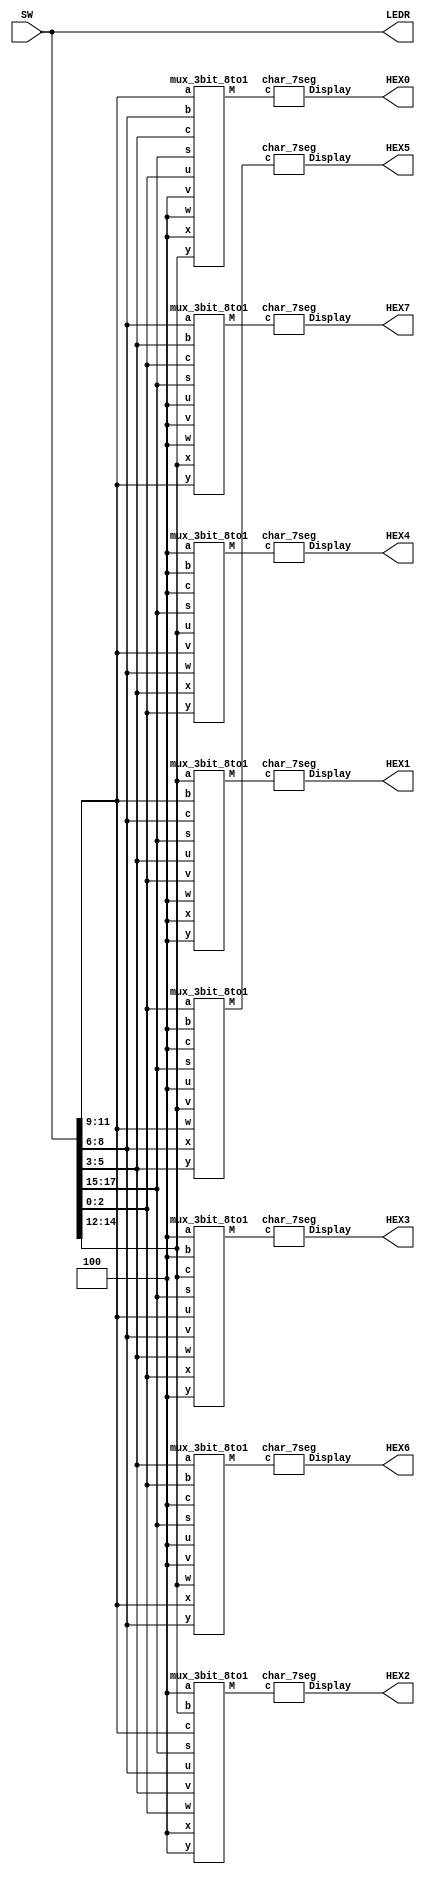
module part6(SW, LEDR, HEX7, HEX6, HEX5, HEX4, HEX3, HEX2, HEX1, HEX0);
	input [17:0] SW;
	output [17: 0] LEDR;
	output [6: 0] HEX7, HEX6, HEX5, HEX4, HEX3, HEX2, HEX1, HEX0;
	
	wire [2:0] M7, M6, M5, M4, M3, M2, M1, M0, blank;
	assign LEDR = SW;
	
	assign blank = 3'b100;
	
	mux_3bit_8to1 m0(SW[17:15], SW[11:9], SW[8:6], SW[5:3], SW[2:0], blank, blank, blank, SW[14:12], M0);
	char_7seg h0(M0, HEX0);
	
	mux_3bit_8to1 m1(SW[17:15], SW[14:12], SW[11:9], SW[8:6], SW[5:3], SW[2:0], blank, blank, blank, M1);
	char_7seg h1(M1, HEX1);
	
	mux_3bit_8to1 m2(SW[17:15], blank, SW[14:12], SW[11:9], SW[8:6], SW[5:3], SW[2:0], blank, blank, M2);
	char_7seg h2(M2, HEX2);
	
	mux_3bit_8to1 m3(SW[17:15], blank, blank, SW[14:12], SW[11:9], SW[8:6], SW[5:3], SW[2:0], blank, M3);
	char_7seg h3(M3, HEX3);
	
	mux_3bit_8to1 m4(SW[17:15], blank, blank, blank, SW[14:12], SW[11:9], SW[8:6], SW[5:3], SW[2:0], M4);
	char_7seg h4(M4, HEX4);
	
	mux_3bit_8to1 m5(SW[17:15], SW[2:0], blank, blank, blank, SW[14:12], SW[11:9], SW[8:6], SW[5:3], M5);
	char_7seg h5(M5, HEX5);
	
	mux_3bit_8to1 m6(SW[17:15], SW[5:3], SW[2:0], blank, blank, blank, SW[14:12], SW[11:9], SW[8:6], M6);
	char_7seg h6(M6, HEX6);
	
	mux_3bit_8to1 m7(SW[17:15], SW[8:6], SW[5:3], SW[2:0], blank, blank, blank, SW[14:12], SW[11:9], M7);
	char_7seg h7(M7, HEX7);
endmodule

module mux_3bit_8to1(s, a, b, c, u, v, w, x, y, M);
	input [2:0] s, a, b, c, u, v, w, x, y;
	output [2:0] M;	
	
	wire [5:0] M0, M1, M2;
	
	assign M0[0] = (~s[0]&u[0] | s[0]&v[0]);
	assign M0[1] = (~s[0]&w[0] | s[0]&x[0]);
	assign M0[2] = (~s[0]&y[0] | s[0]&a[0]);
	assign M0[3] = (~s[0]&b[0] | s[0]&c[0]);
	assign M0[4] = (~s[1]&M0[0] | s[1]&M0[1]);	
	assign M0[5] = (~s[1]&M0[2] | s[1]&M0[3]);
	
	assign M1[0] = (~s[0]&u[1] | s[0]&v[1]);
	assign M1[1] = (~s[0]&w[1] | s[0]&x[1]);
	assign M1[2] = (~s[0]&y[1] | s[0]&a[1]);
	assign M1[3] = (~s[0]&b[1] | s[0]&c[1]);
	assign M1[4] = (~s[1]&M1[0] | s[1]&M1[1]);
	assign M1[5] = (~s[1]&M1[2] | s[1]&M1[3]);
	
	assign M2[0] = (~s[0]&u[2] | s[0]&v[2]);
	assign M2[1] = (~s[0]&w[2] | s[0]&x[2]);
	assign M2[2] = (~s[0]&y[2] | s[0]&a[2]);
	assign M2[3] = (~s[0]&b[2] | s[0]&c[2]);
	assign M2[4] = (~s[1]&M2[0] | s[1]&M2[1]);
	assign M2[5] = (~s[1]&M2[2] | s[1]&M2[3]);
	
	assign M[0] = (~s[2]&M0[4] | s[2]&M0[5]);
	assign M[1] = (~s[2]&M1[4] | s[2]&M1[5]);
	assign M[2] = (~s[2]&M2[4] | s[2]&M2[5]);
endmodule

module char_7seg(c, Display);	
	input [2:0] c;
	output [6:0] Display;
	
	reg blank;
	always @(c)
	begin
		if(c > 3'b011)
			blank = 0;
		else
			blank = 1;
	end
	
	assign Display[0] = ~((c[2] | c[0]) & blank);
	assign Display[1] = ~((c[2] | ~c[1]&~c[0] | c[1]&c[0]) & blank);
	assign Display[2] = ~((c[2] | ~c[1]&~c[0] | c[1]&c[0]) & blank);
	assign Display[3] = ~((c[2] | c[1] | c[0]) & blank);
	assign Display[4] = ~(1 & blank);
	assign Display[5] = ~(1 & blank);
	assign Display[6] = ~(~c[1] & blank);
endmodule